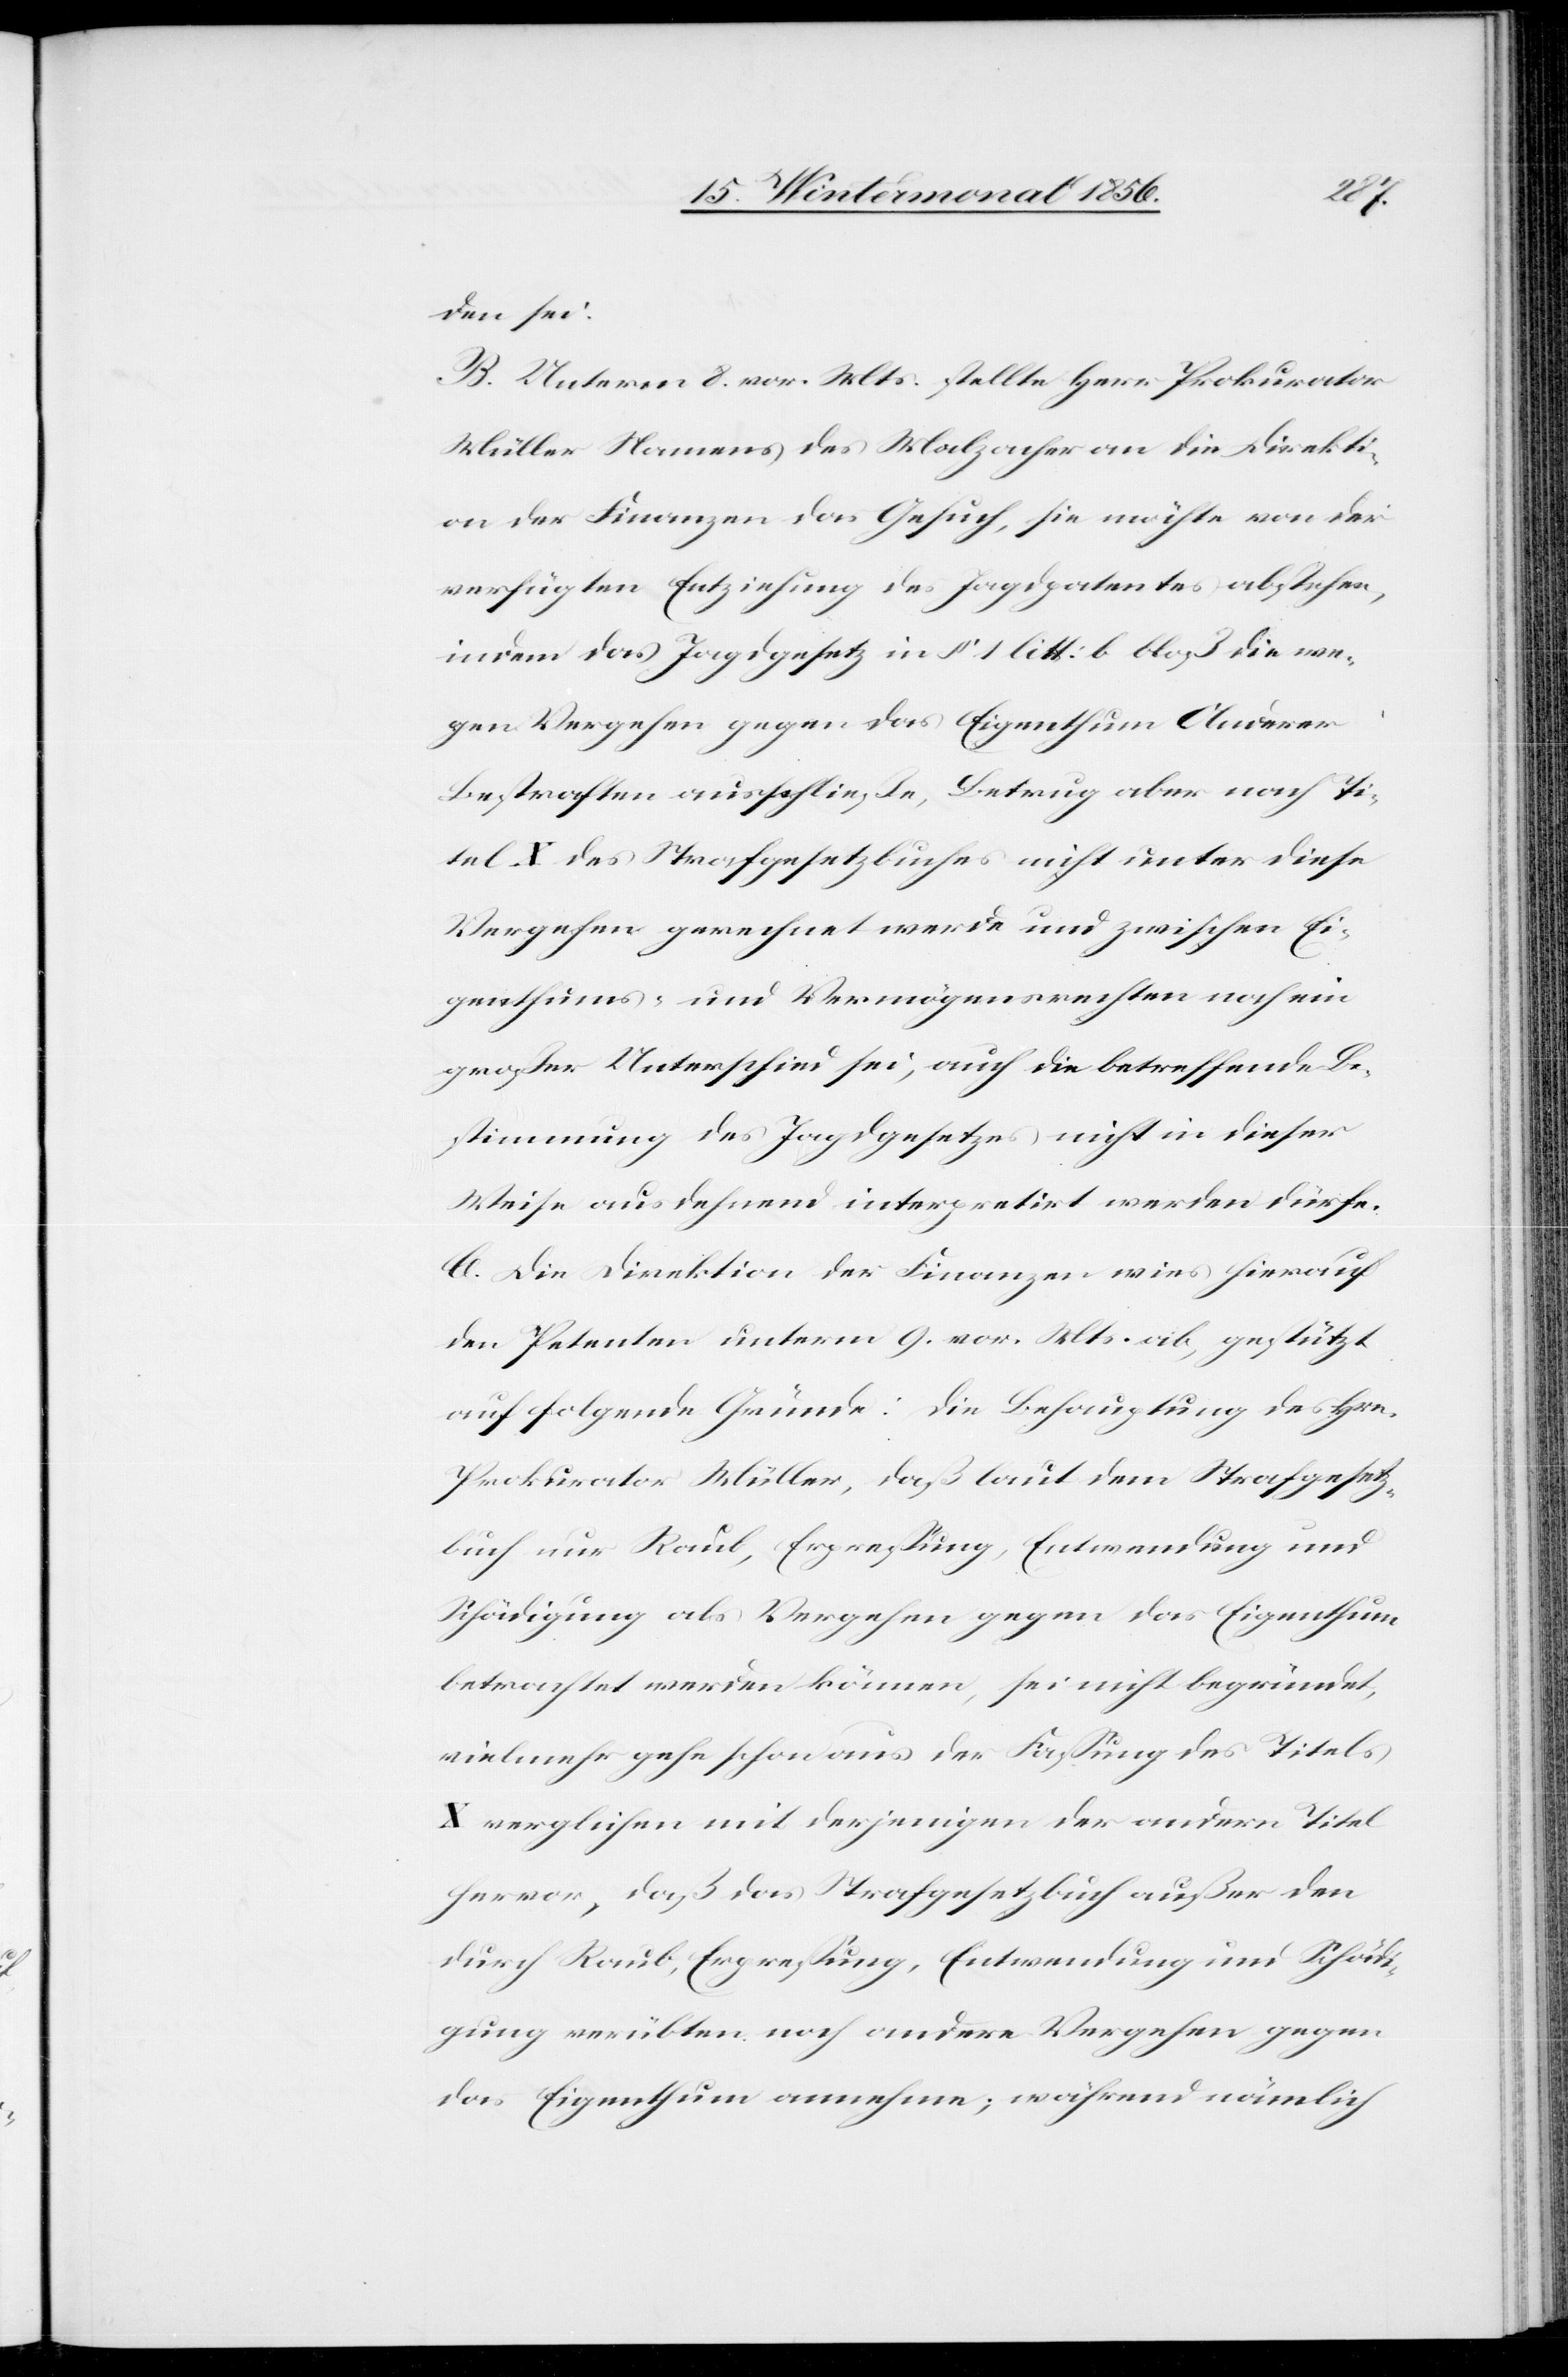
den sei.
B. Unterm 8. vor. Mts. stellte Herr Prokurator
Müller Namens des Malzacher an die Direkti¬
on der Finanzen das Gesuch, sie möchte von der
verfügten Entziehung des Jagdpatentes abstehen,
indem das Jagdgesetz in § 1 litt: b bloß die we¬
gen Vergehen gegen das Eigenthum Anderer
Bestraften ausschließe, Betrug aber nach Ti¬
tel X des Strafgesetzbuches nicht unter diese
Vergehen gerechnet werde und zwischen Ei¬
genthums- und Vermögensrechten noch ein
großer Unterschied sei, auch die betreffende Be¬
stimmung des Jagdgesetzes nicht in dieser
Weise ausdehnend interpretirt werden dürfe.
C. Die Direktion der Finanzen wies hierauf
den Petenten unterm 9. vor. Mts. ab, gestützt
auf folgende Gründe: Die Behauptung des Hrn.
Prokurator Müller, daß laut dem Strafgesetz¬
buch nur Raub, Erpressung, Entwendung und
Schädigung als Vergehen gegen das Eigenthum
betrachtet werden können, sei nicht begründet,
vielmehr gehe schon aus der Fassung des Titels
X verglichen mit derjenigen der andern Titel
hervor, daß das Strafgesetzbuch außer den
durch Raub, Erpressung, Entwendung und Schädi¬
gung verübten noch andere Vergehen gegen
das Eigenthum annehme; während nämlich